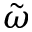
\tilde { \omega }